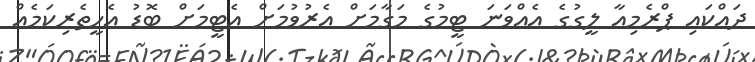
ދައްކައި ޕްރެމިއާ ލީގުގެ އެއްވަނަ ޓީމުގެ މަގާމަށް އެރުވުމަށް އެޓީމަށް ބޮޑު އެހީތެރިކަމެއް